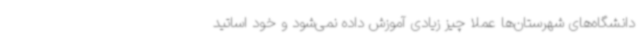
دانشگاه‌های شهرستان‌ها عملا چیز زیادی آموزش داده نمی‌شود و خود اساتید